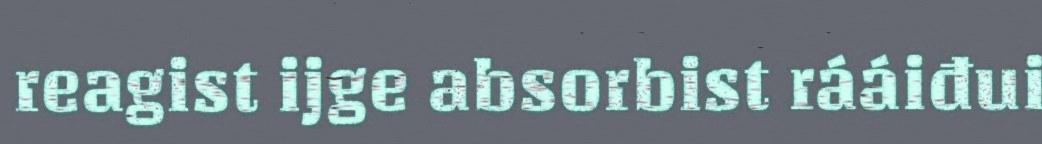
reagist ijge absorbist rááiđui